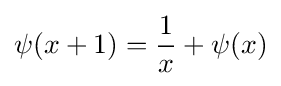
\psi (x+1)={\frac {1}{x}}+\psi (x)